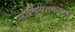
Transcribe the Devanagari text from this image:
सोवियतकरण